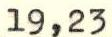
19,23